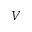
V